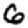
Digit: 6